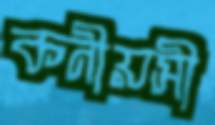
কনীয়সী